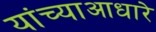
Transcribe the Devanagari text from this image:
यांच्याआधारे